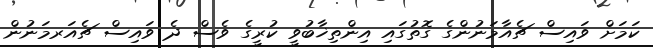
ކަމަށް ވައިސް ޗެއާމަނުންގެ ގޮތުގައި އިންތިޚާބުވީ ކުރީގެ ވެސް ދެ ވައިސް ޗެއަރމަނުން